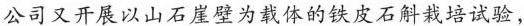
公司又开展以山石崖壁为载体的铁皮石斛栽培试验，